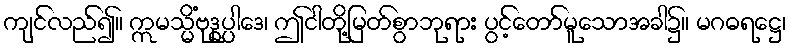
ကျင်လည်၍။ ဣမသ္မိံဗုဒ္ဓုပ္ပါဒေ၊ ဤငါတို့မြတ်စွာဘုရား ပွင့်တော်မူသောအခါ၌။ မဂဓရဋ္ဌေ၊